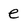
Character: e